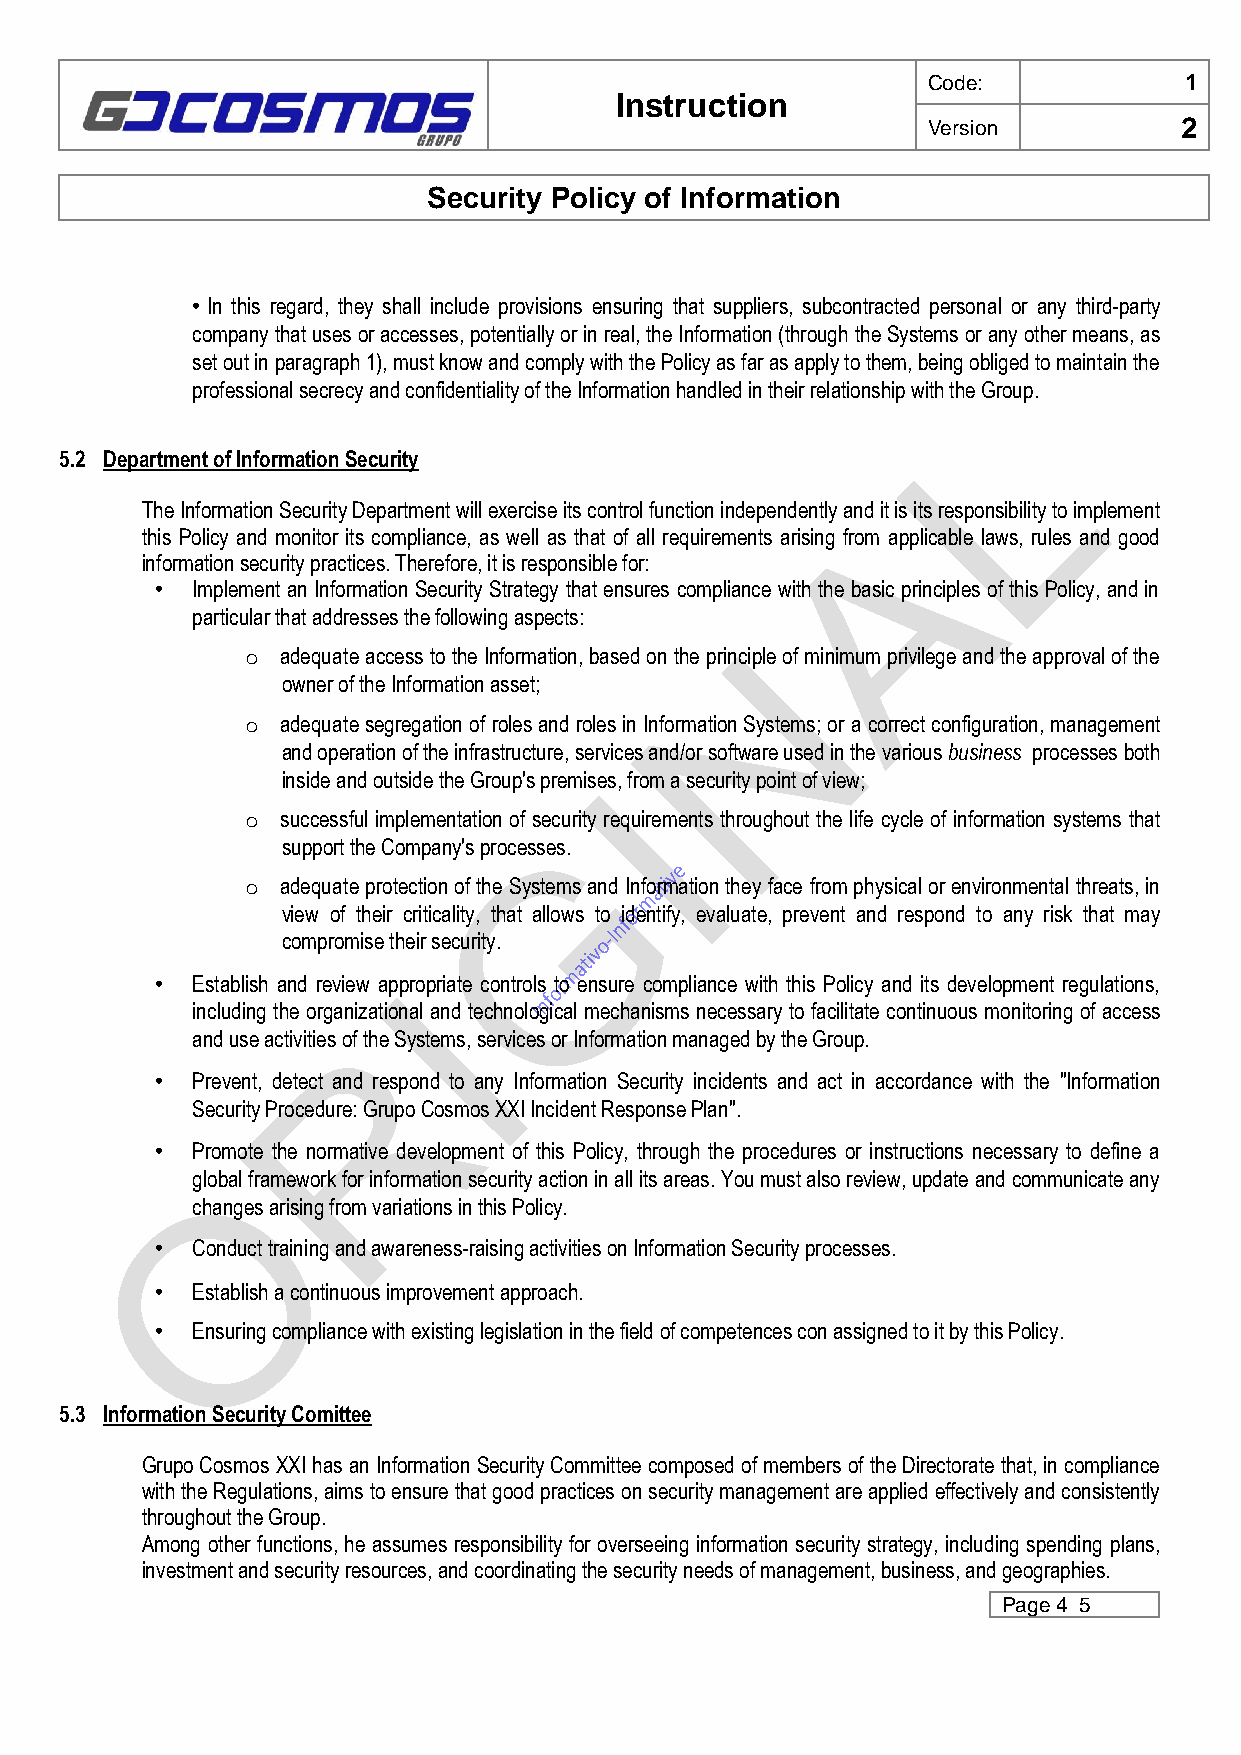
Code:            1
 Instruction
 Version          2
 Security Policy of Information
 • In this regard, they shall include provisions ensuring that suppliers, subcontracted personal or any third-party
 company that uses or accesses, potentially or in real, the Information (through the Systems or any other means, as
 set out in paragraph 1), must know and comply with the Policy as far as apply to them, being obliged to maintain the
 professional secrecy and confidentiality of the Information handled in their relationship with the Group.
 5.2 Department of Information Security
 The Information Security Department will exercise its control function independently and it is its responsibility to implement
 this Policy and monitor its compliance, as well as that of all requirements arising from applicable laws, rules and good
 information security practices. Therefore, it is responsible for:
 •  Implement an Information Security Strategy that ensures compliance with the basic principles of this Policy, and in
 particular that addresses the following aspects:
 o  adequate access to the Information, based on the principle of minimum privilege and the approval of the
 owner of the Information asset;
 o  adequate segregation of roles and roles in Information Systems; or a correct configuration, management
 and operation of the infrastructure, services and/or software used in the various business processes both
 inside and outside the Group's premises, from a security point of view;
 o  successful implementation of security requirements throughout the life cycle of information systems that
 support the Company's processes.
 o  adequate protection of the Systems and Information they face from physical or environmental threats, in
 view of their criticality, that allows to identify, evaluate, prevent and respond to any risk that may
 compromise their security.
 •  Establish and review appropriate controls to ensure compliance with this Policy and its development regulations,
 including the organizational and technological mechanisms necessary to facilitate continuous monitoring of access
 and use activities of the Systems, services or Information managed by the Group.
 •  Prevent, detect and respond to any Information Security incidents and act in accordance with the "Information
 Security Procedure: Grupo Cosmos XXI Incident Response Plan".
 •  Promote the normative development of this Policy, through the procedures or instructions necessary to define a
 global framework for information security action in all its areas. You must also review, update and communicate any
 changes arising from variations in this Policy.
 •  Conduct training and awareness-raising activities on Information Security processes.
 •  Establish a continuous improvement approach.
 •  Ensuring compliance with existing legislation in the field of competences con assigned to it by this Policy.
 5.3 Information Security Comittee
 Grupo Cosmos XXI has an Information Security Committee composed of members of the Directorate that, in compliance
 with the Regulations, aims to ensure that good practices on security management are applied effectively and consistently
 throughout the Group.
 Among other functions, he assumes responsibility for overseeing information security strategy, including spending plans,
 investment and security resources, and coordinating the security needs of management, business, and geographies.
 Page 4 5